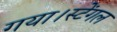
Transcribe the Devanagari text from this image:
गया।स्टेंगल